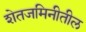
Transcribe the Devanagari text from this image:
शेतजमिनीतील